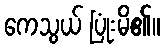
ကေသွယ် ပြုံးမိ၏။